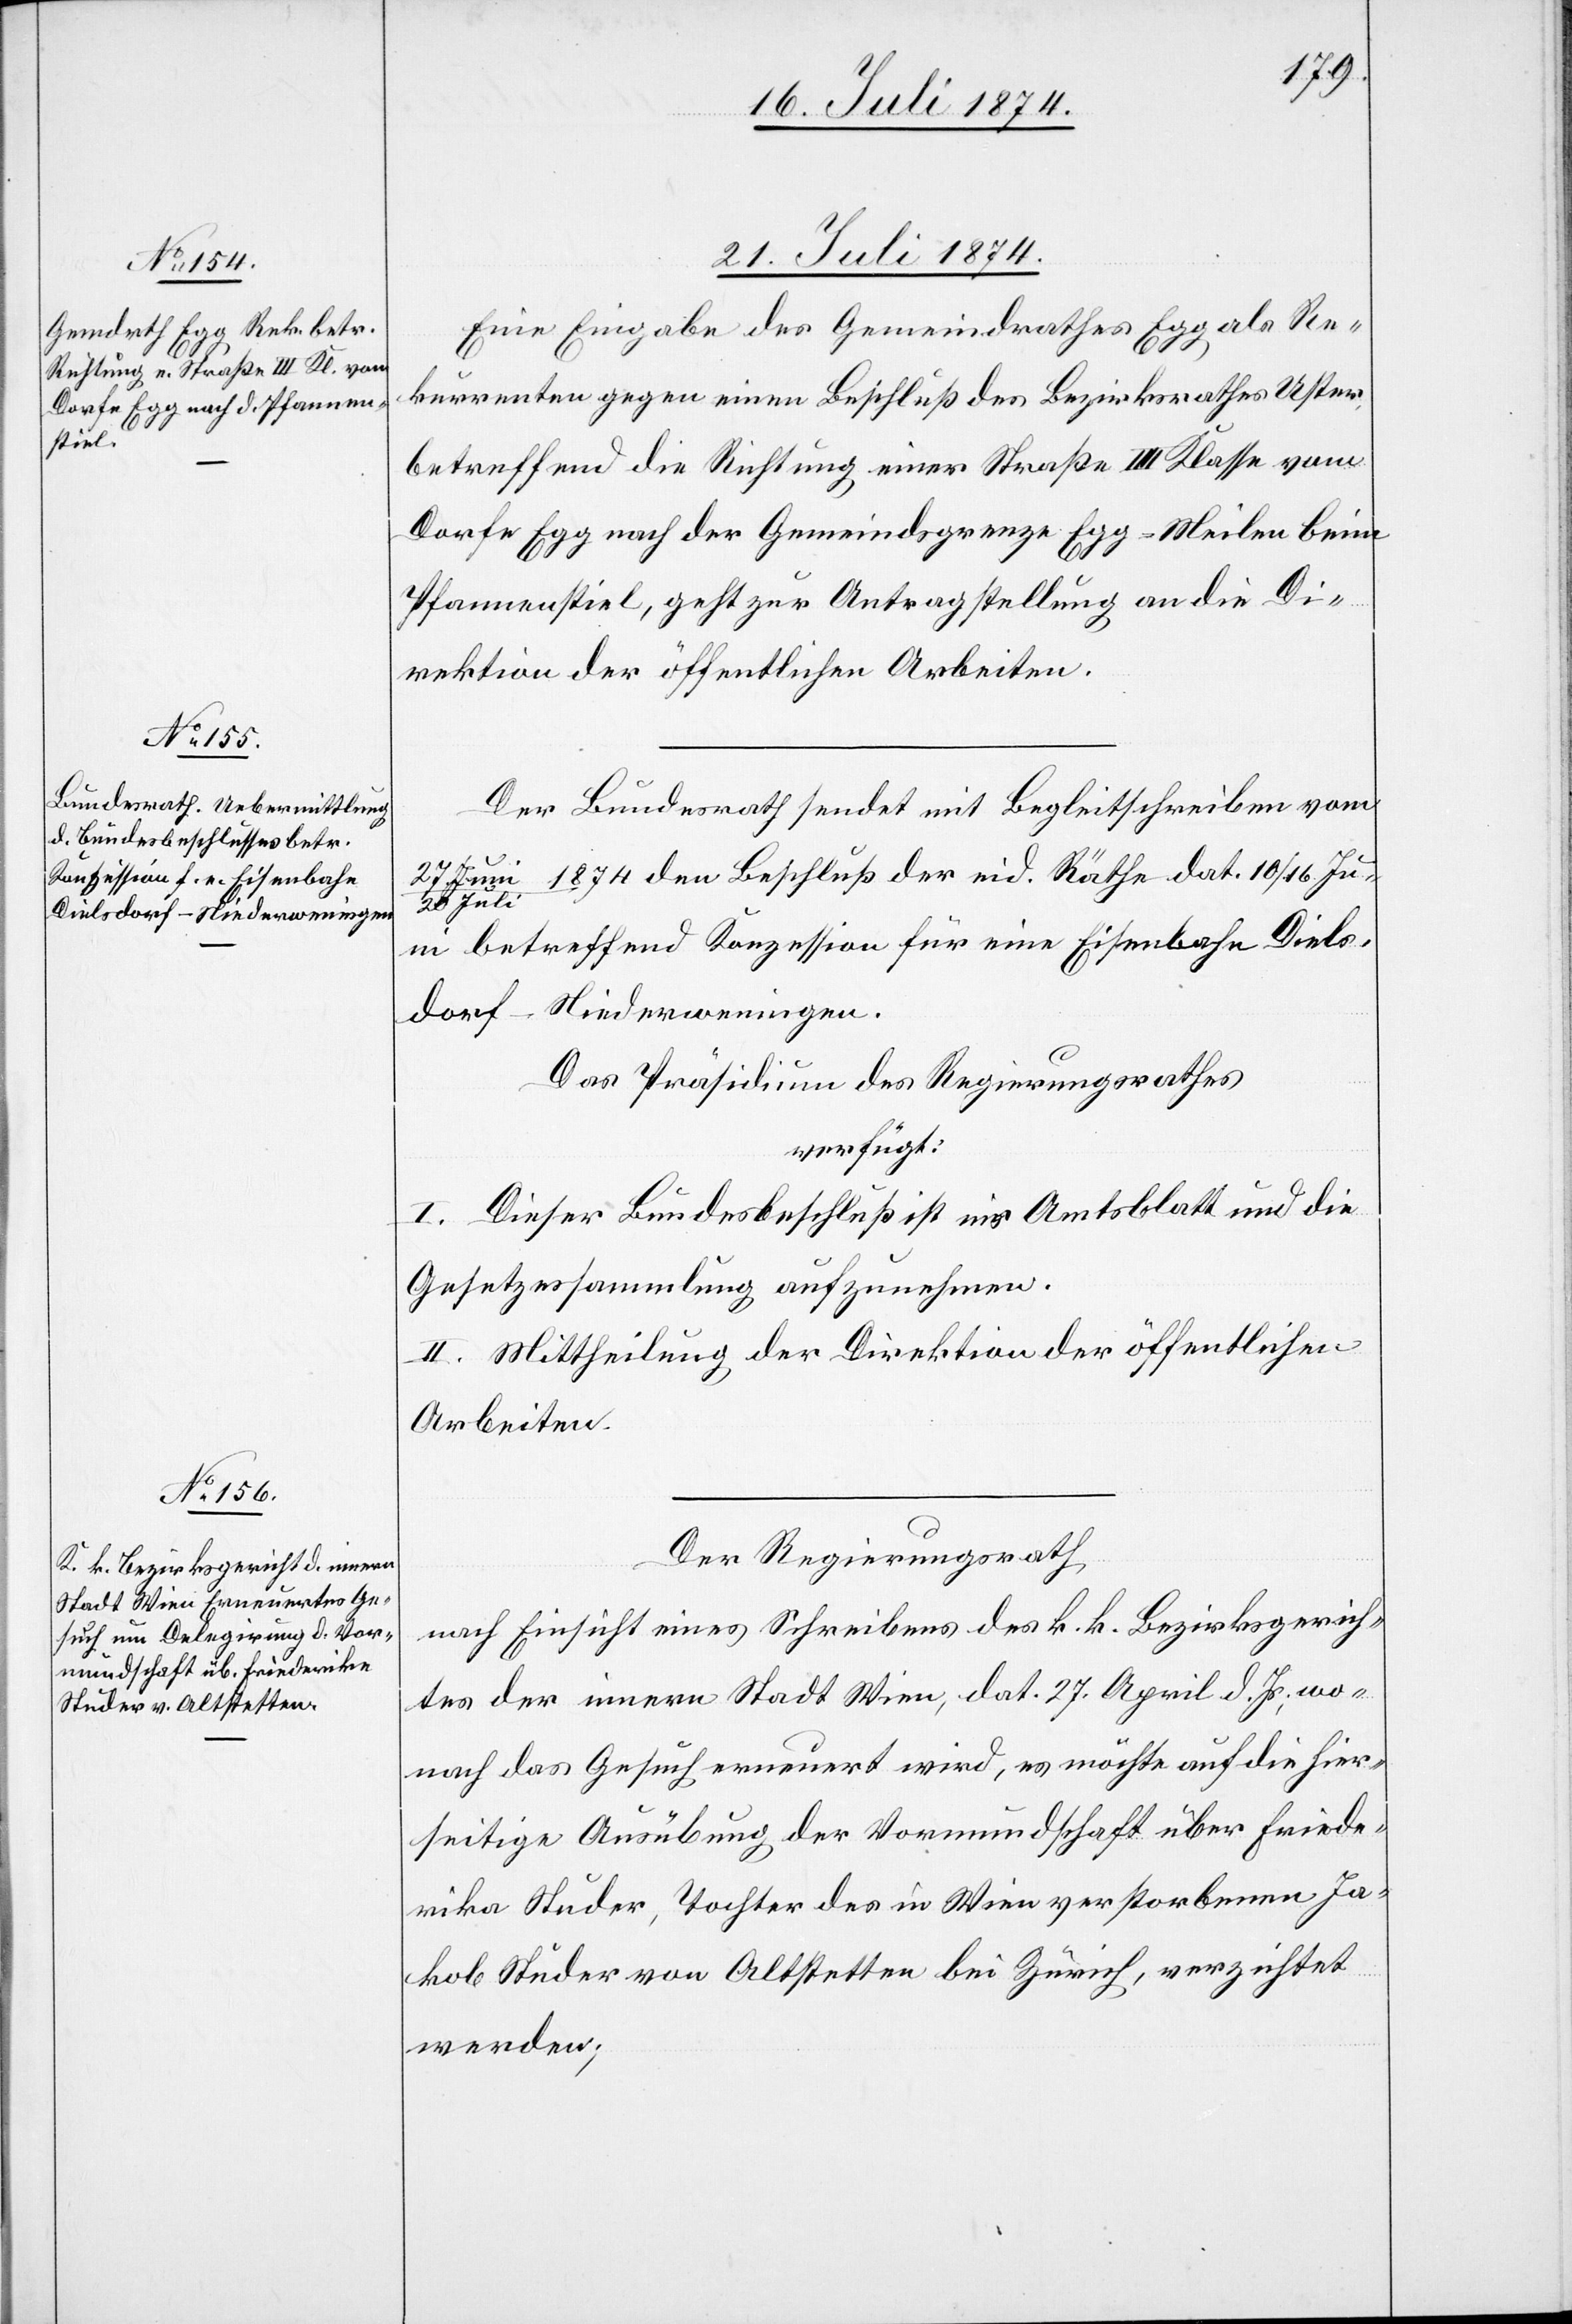
21. Juli 1874.]
Eine Eingabe des Gemeindrathes Egg als Re¬
kurrenten gegen einen Beschluß des Bezirksrathes Uster,
betreffend die Richtung einer Straße III. Klasse vom
Dorfe Egg nach der Gemeindsgrenze Egg-Meilen beim
Pfannenstiel, geht zur Antragstellung an die Di¬
rektion der öffentlichen Arbeiten.
Der Bundesrath sendet mit Begleitschreiben vom
27.
Juli 1874 den Beschluß der eid. Räthe dat. 10./16. Jun¬
i betreffend Konzession für eine Eisenbahn Diels¬
dorf–Niederweningen.
Das Präsidium des Regierungsrathes
verfügt:
I. Dieser Bundesbeschluß ist ins Amtsblatt und die
Gesetzessammlung aufzunehmen.
II. Mittheilung der Direktion der öffentlichen
Arbeiten.
Der Regierungsrath,
nach Einsicht eines Schreibens des k. k. Bezirksgerich¬
tes der innern Stadt Wien, dat. 27. April d. Js., wo¬
nach das Gesuch erneuert wird, es möchte auf die hier¬
seitige Ausübung der Vormundschaft über Friede¬
rike Studer, Tochter des in Wien verstorbenen Ja¬
kob Studer von Altstetten bei Zürich, verzichtet
werden;